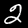
Label: 2